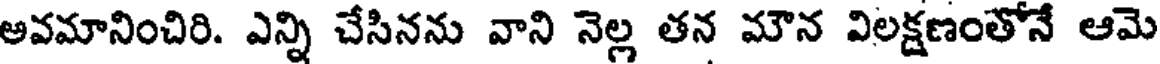
అవమానించిరి. ఎన్ని చేసినను వాని నెల్ల తన మౌన విలక్షణంతోనే ఆమె